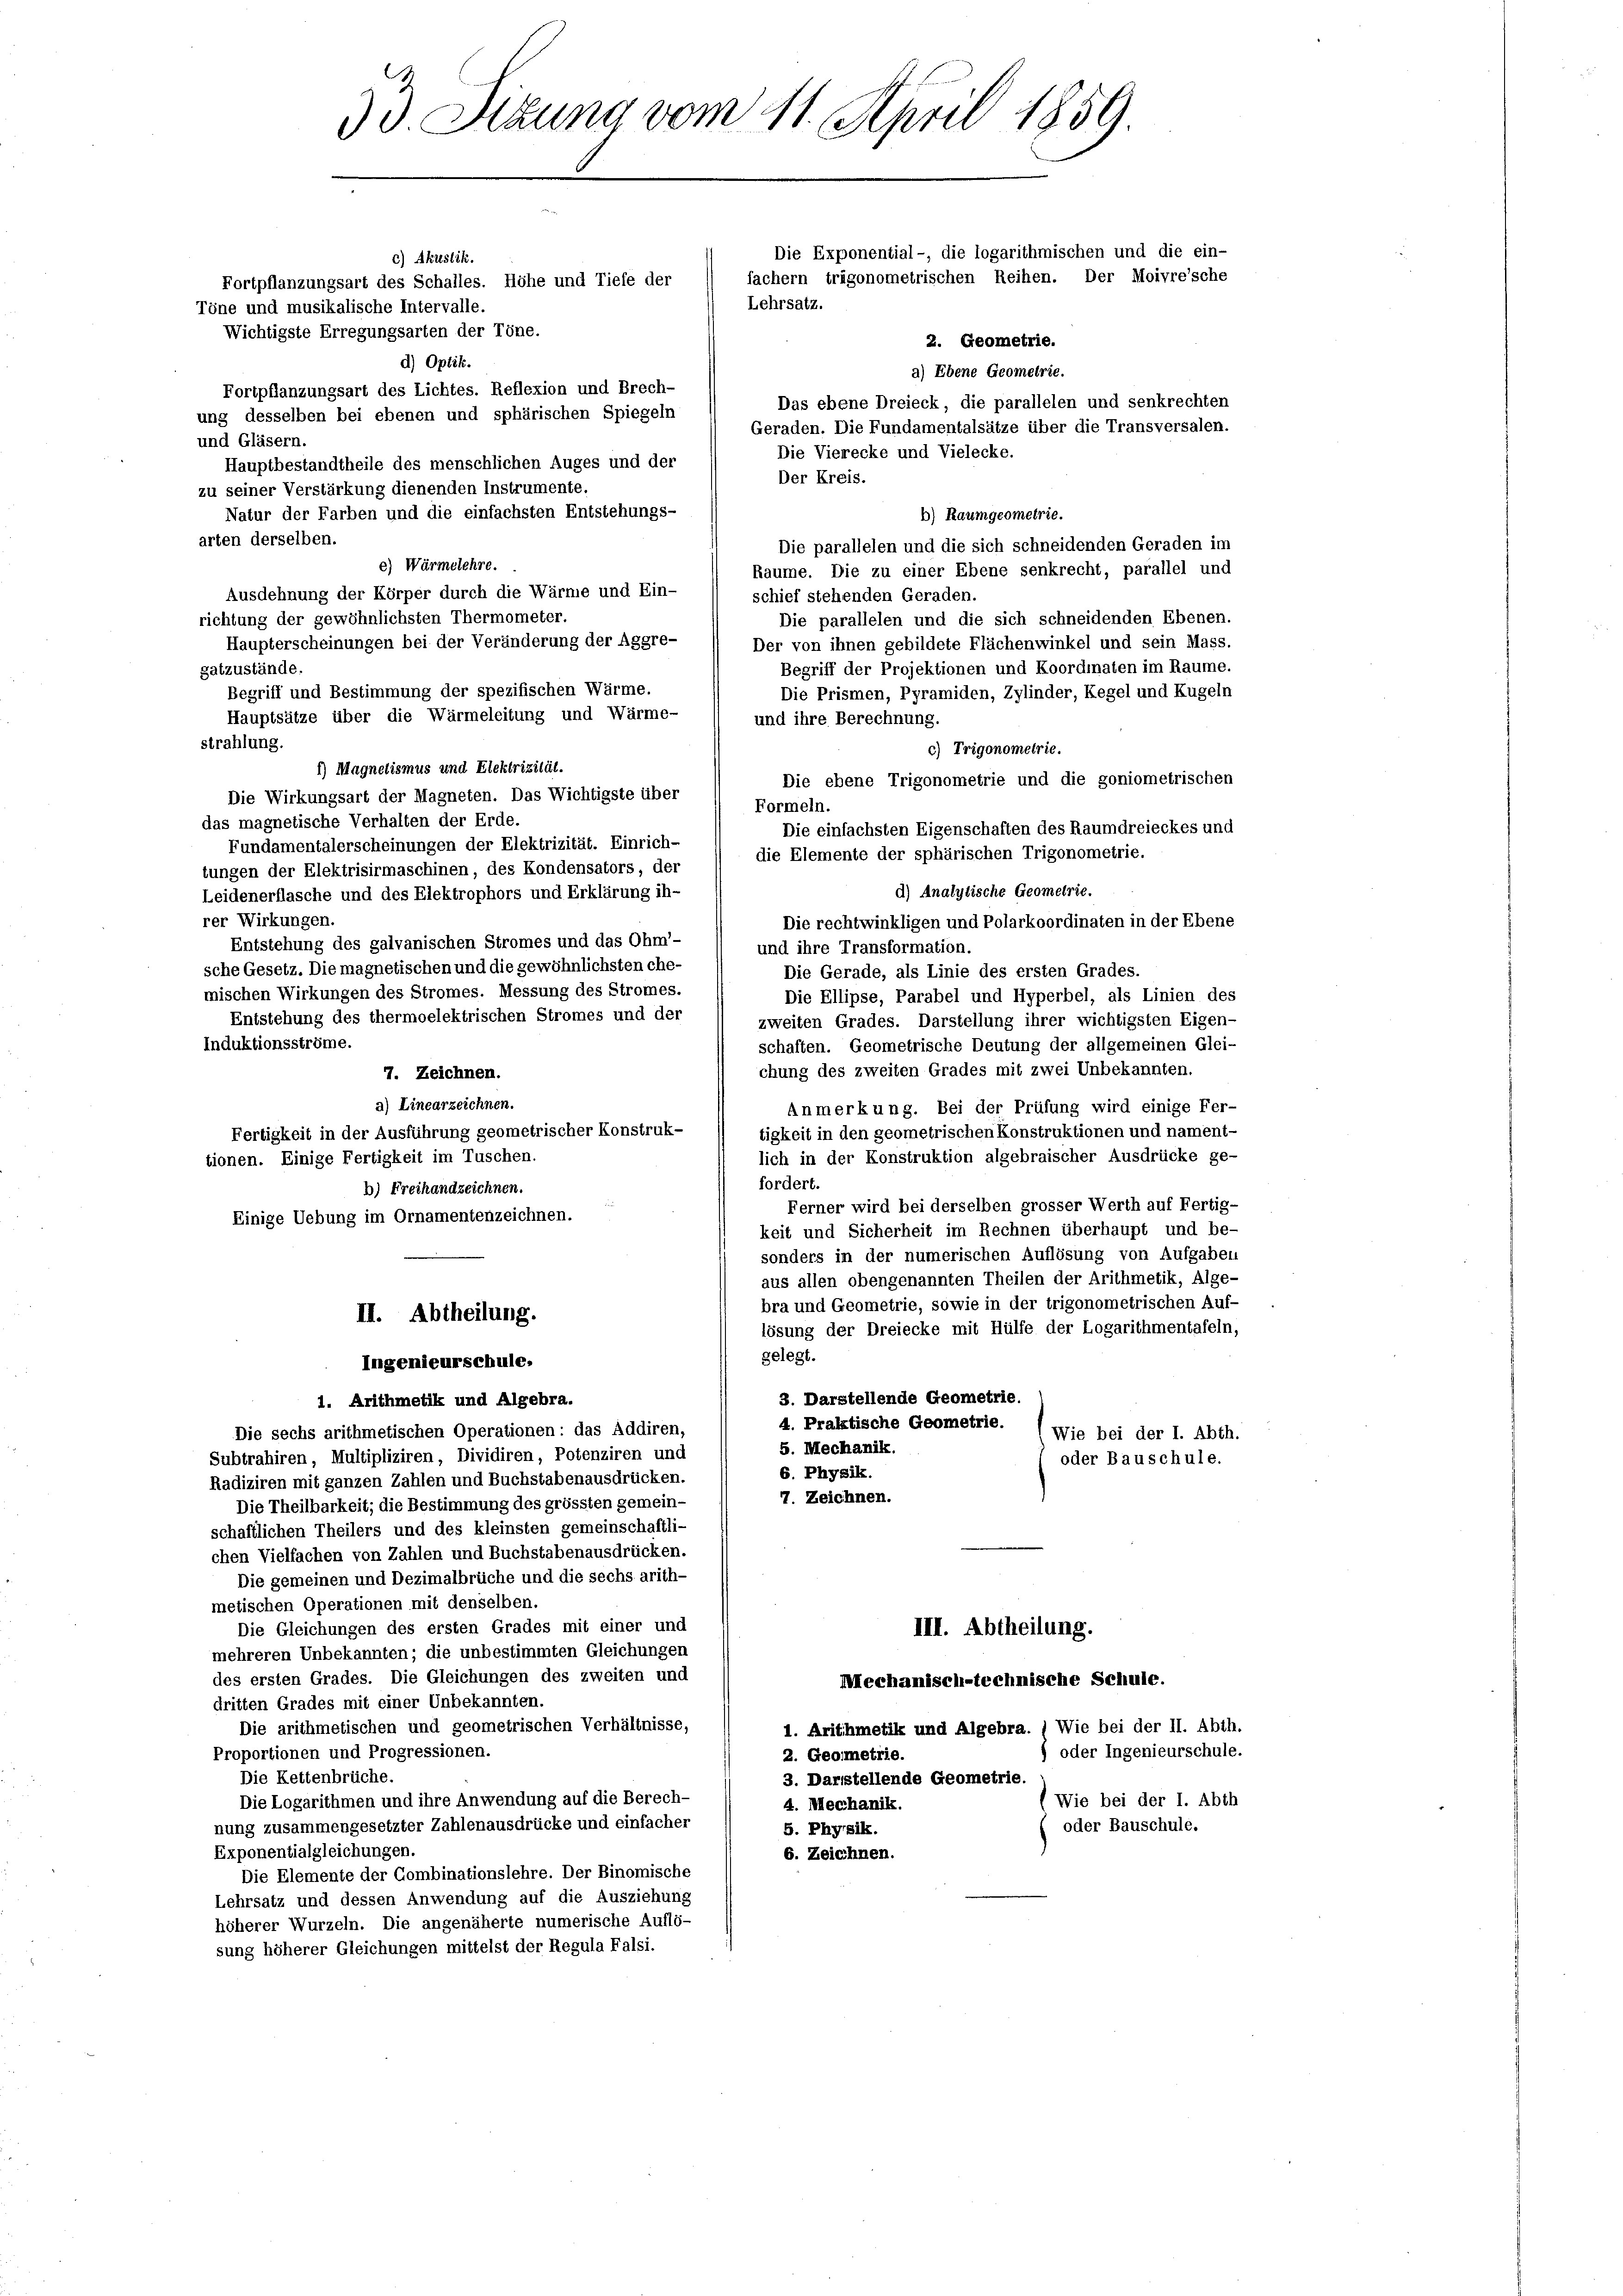
arten derselben.
Die parallelen und die sich schneidenden Geraden im
Raume. Die zu einer Ebene senkrecht, parallel und
schief stehenden Geraden.
Die parallelen und die sich schneidenden Ebenen.
Der von ihnen gebildete Flächenwinkel und sein Mass.
Begriff der Projektionen und Koordinaten im Raume.
gatzustände.
Begriff und Bestimmung der spezifischen Wärme.
Die Prismen, Pyramiden, Zylinder, Kegel und Kugeln
Hauptsätze über die Wärmeleitung und Wärme-
und ihre Berechnung.
strahlung.
c) Trigonometrie.
1) Magnetismus und Elektrizität.
Die ebene Trigonometrie und die goniometrischen
Die Wirkungsart der Magneten. Das Wichtigste über
Formeln.
das magnetische Verhalten der Erde.
Die einfachsten Eigenschaften des Raumdreieckes und
Fundamentalerscheinungen der Elektrizität. Einrich-
tungen der Elektrisirmaschinen, des Kondensators, der
d) Analytische Geometrie.
Leidenerflasche und des Elektrophors und Erklärung ih-
rer Wirkungen.
Die rechtwinkligen und Polarkoordinaten in der Ebene
Entstehung des galvanischen Stromes und das Ohm-
und ihre Transformation.
sche Gesetz. Die magnetischen und die gewöhnlichsten ehe-
Die Gerade, als Linie des ersten Grades.
mischen Wirkungen des Stromes. Messung des Stromes.
Die Ellipse, Parabel und Hyperbel, als Linien des
Entstehung des thermoelektrischen Stromes und der
zweiten Grades. Darstellung ihrer wichtigsten Eigen-
Induktionsströme.
schaften. Geometrische Deutung der allgemeinen Glei-
chung des zweiten Grades mit zwei Unbekannten.
7. Zeichnen.
2) Linearzeichnen.
Anmerkung. Bei der Prüfung wird einige Fer-
Fertigkeit in der Ausführung geometrischer Konstruk-
tigkeit in den geometrischen Konstruktionen und nament-
lich in der Konstruktion algebraischer Ausdrücke ge-
tionen. Einige Fertigkeit im Tuschen.
fordert.
b) Freihandzeichnen.
Ferner wird bei derselben grosser Werth auf Fertig-
Einige Uebung im Ornamentenzeichnen.
keit und Sicherheit im Rechnen überhaupt und be-
sonders in der numerischen Auflösung von Aufgaben
aus allen obengenannten Theilen der Arithmetik, Alge-
bra und Geometrie, sowie in der trigonometrischen Auf-
II. Abtheilung.
lösung der Dreiecke mit Hülfe der Logarithmentafeln,
gelegt.
Ingenieurschule.
3. Darstellende Geometrie.
1. Arithmetik und Algebra.
4. Praktische Geometrie.
Die sechs arithmetischen Operationen: das Addiren,
(Wie bei der I. Abth.
5. Mechanik.
Subtrahiren, Multipliziren, Dividiren, Potenziren und
oder Bauschule.
6. Physik.
Radiziren mit ganzen Zahlen und Buchstabenausdrücken.
7. Zeichnen.
Die Theilbarkeit; die Bestimmung des grössten gemein-
schaftlichen Theilers und des kleinsten gemeinschaftli-
chen Vielfachen von Zahlen und Buchstabenausdrücken.
Die gemeinen und Dezimalbrüche und die sechs arith-
metischen Operationen mit denselben.
Die Gleichungen des ersten Grades mit einer und
III. Abtheilung.
mehreren Unbekannten; die unbestimmten Gleichungen
des ersten Grades. Die Gleichungen des zweiten und
Mechanisch-technische Schule.
dritten Grades mit einer Unbekannten.
Die arithmetischen und geometrischen Verhältnisse,
1. Arithmetik und Algebra. (Wie bei der II. Abth.
Proportionen und Progressionen.
) oder Ingenieurschule.
2. Geometrie.
Die Kettenbrüche.
3. Darstellende Geometrie.
Die Logarithmen und ihre Anwendung auf die Berech-
(Wie bei der I. Abth
4. Mechanik.
nung zusammengesetzter Zahlenausdrücke und einfacher
oder Bauschule.
5. Physik.
Exponentialgleichungen.
6. Zeichnen.
Die Elemente der Combinationslehre. Der Binomische
Lehrsatz und dessen Anwendung auf die Ausziehung
höherer Wurzeln. Die angenäherte numerische Auflö-
sung höherer Gleichungen mittelst der Regula Falsi.

53 Sizung vom 11. April 1859
Die Exponential-, die logarithmischen und die ein-
c) Akustik.
fachern trigonometrischen Reihen. Der Moivre’sche
Fortpflanzungsart des Schalles. Höhe und Tiefe der
Lehrsatz.
Töne und musikalische Intervalle.
Wichtigste Erregungsarten der Töne.
2. Geometrie.
d) Optik.
2) Ebene Geometrie.
Fortpflanzungsart des Lichtes. Reflexion und Brech-
Das ebene Dreieck, die parallelen und senkrechten
ung desselben bei ebenen und sphärischen Spiegeln
Geraden. Die Fundamentalsätze über die Transversalen.
und Gläsern.
Die Vierecke und Vielecke.
Hauptbestandtheile des menschlichen Auges und der
Der Kreis.
zu seiner Verstärkung dienenden Instrumente.

Natur der Farben und die einfachsten Entstehungs-

c) Wärmelehre.
Ausdehnung der Körper durch die Wärme und Ein-
richtung der gewöhnlichsten Thermometer.
Haupterscheinungen bei der Veränderung der Aggre-

) Raum geometrie.

die Elemente der sphärischen Trigonometrie.